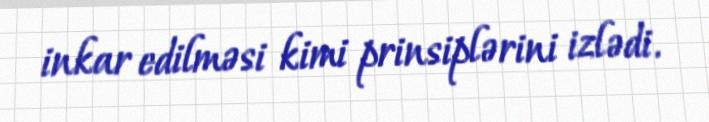
inkar edilməsi kimi prinsiplərini izlədi.